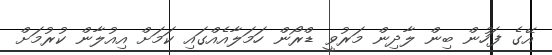
އޭގެ ފަހުން ބިން ލާދިން މަރުވީ ޑްރޯން ހަމަލާއެއްގައި ކަމަށް އިއުލާން ކުރުމަށް